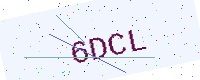
Text: 6DCL